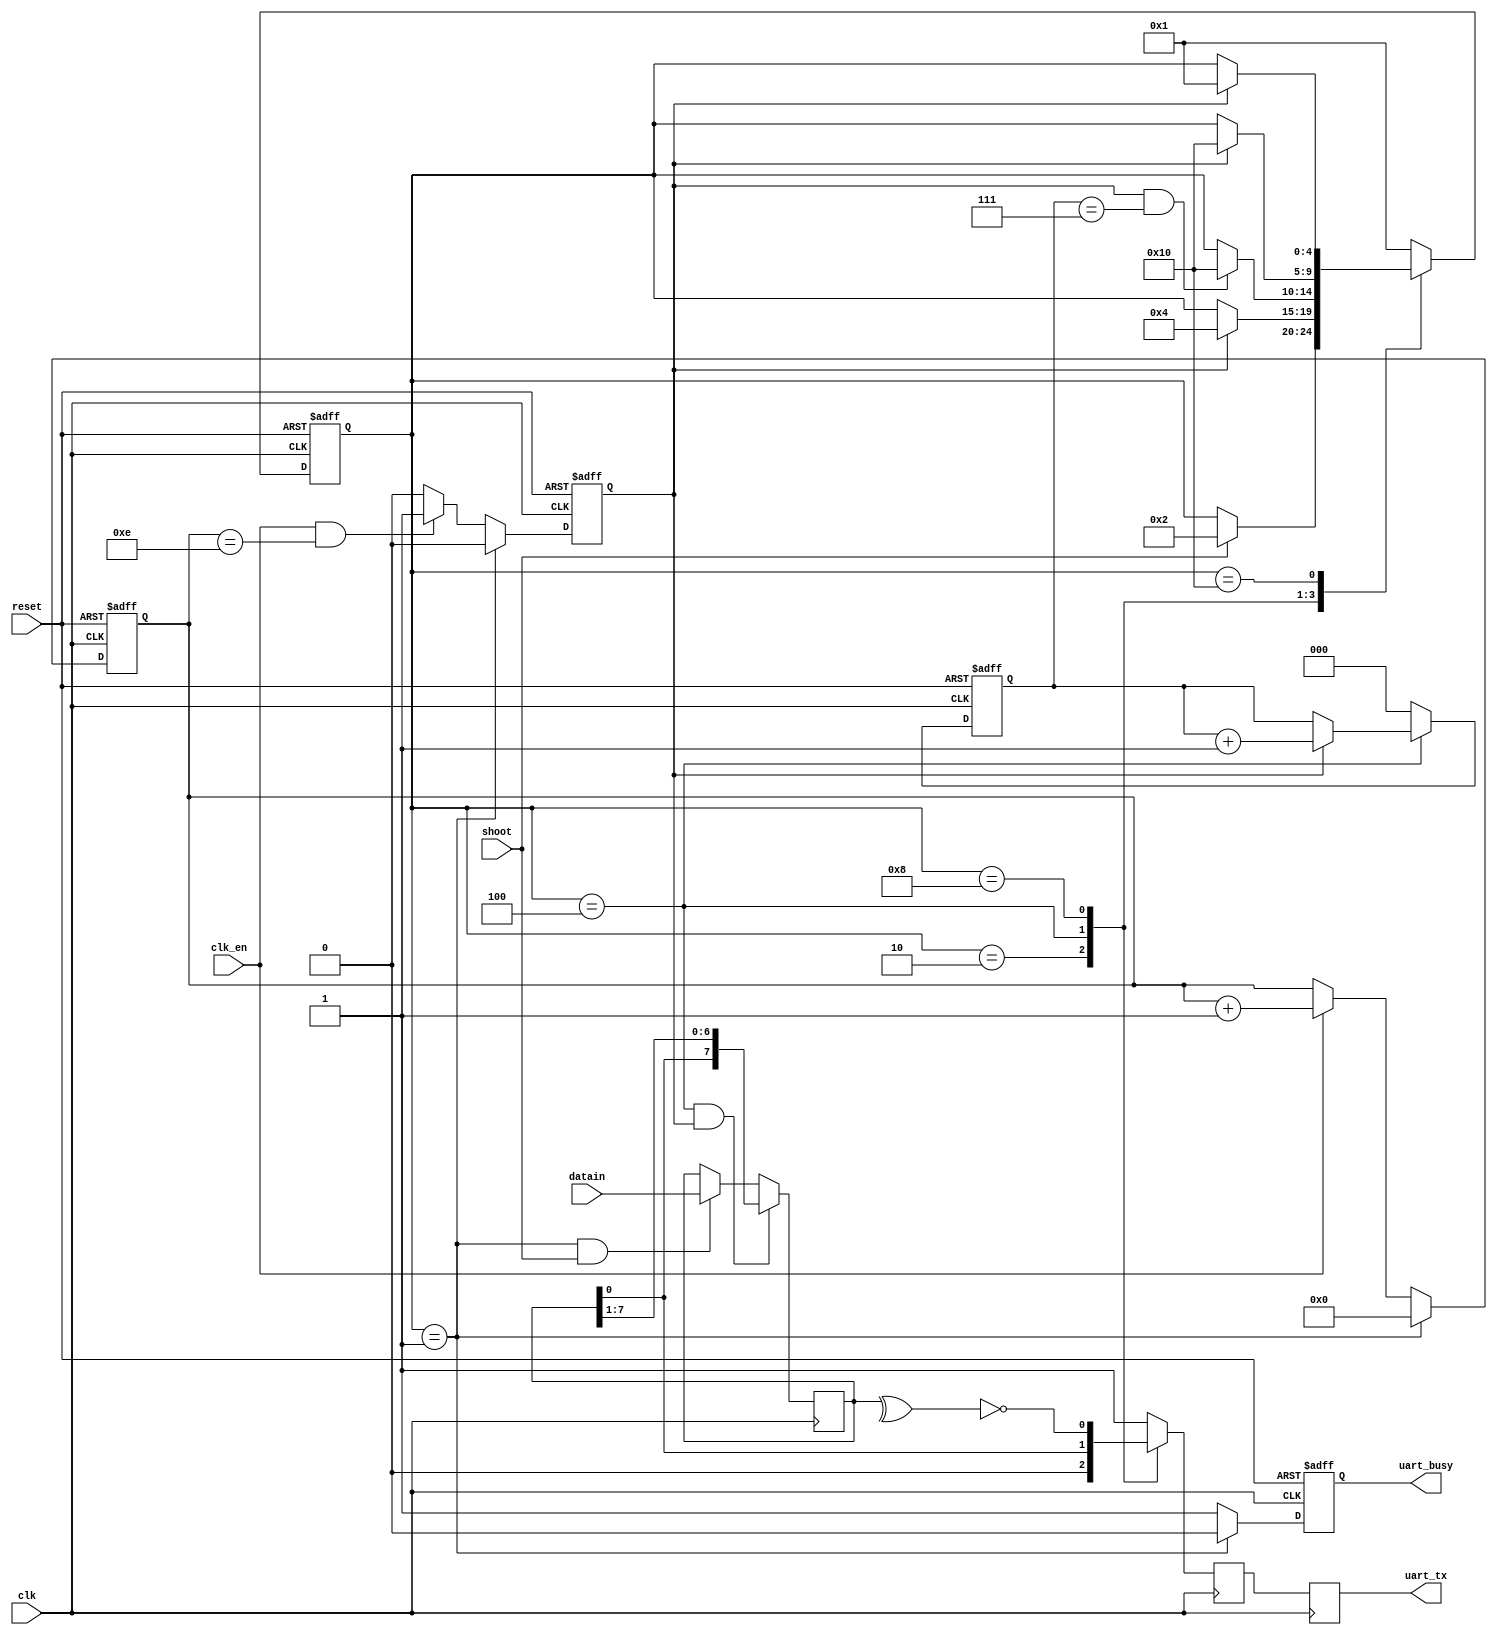
//                              -*- Mode: Verilog -*-
// Description     : uart_tx module
// Last Modified By: silenuszhi@gmail.com
// Update Count    : 0
// Status          : Unknown, Use with caution!

module uart_tx_op
  #(
    parameter VERIFY_ON = 1'b0,
    parameter VERIFY_EVEN = 1'b0
    )
   (
    input       clk,
    input       reset,
    input       clk_en, 
    input [7:0] datain,
    input       shoot,
    output reg  uart_tx = 1'b1,
    output reg  uart_busy
    );

   reg [3:0]    clk_cnt = 4'h0;
   reg          clk_tx_en = 1'b0;
   reg [7:0]    datain_shoot_latch = 8'h0;
   reg [2:0]    bitcnt = 3'h0;
   reg          uart_tx_i = 1'b1;
   reg          uart_tx_i2 = 1'b1;
   
   
   localparam [4:0]// synopsys enum state_info
     SM_IDLE = 5'b00001,
     SM_START_BIT  = 5'b00010,
     SM_DATA_BIT = 5'b00100,
     SM_VERIFY_BIT = 5'b01000,
     SM_STOP_BIT = 5'b10000;   

   reg [4:0]    /* synopsys enum state_info */
		state = SM_IDLE;
   reg [4:0]    /* synopsys enum state_info */
		next_state = SM_IDLE;

   
   /*AUTOASCIIENUM("state","state_asc","SM_")*/   
   // Beginning of automatic ASCII enum decoding
   reg [79:0]           state_asc;              // Decode of state
   always @(state) begin
      case ({state})
        SM_IDLE:       state_asc = "idle      ";
        SM_START_BIT:  state_asc = "start_bit ";
        SM_DATA_BIT:   state_asc = "data_bit  ";
        SM_VERIFY_BIT: state_asc = "verify_bit";
        SM_STOP_BIT:   state_asc = "stop_bit  ";
        default:       state_asc = "%Error    ";
      endcase
   end
   // End of automatics
   /*AUTOASCIIENUM("next_state","nstate_asc","SM_")*/
   // Beginning of automatic ASCII enum decoding
   reg [79:0]           nstate_asc;             // Decode of next_state
   always @(next_state) begin
      case ({next_state})
        SM_IDLE:       nstate_asc = "idle      ";
        SM_START_BIT:  nstate_asc = "start_bit ";
        SM_DATA_BIT:   nstate_asc = "data_bit  ";
        SM_VERIFY_BIT: nstate_asc = "verify_bit";
        SM_STOP_BIT:   nstate_asc = "stop_bit  ";
        default:       nstate_asc = "%Error    ";
      endcase
   end
   // End of automatics

   always @ ( posedge clk or posedge reset ) begin
      if(reset)begin
         state <= SM_IDLE;
      end else begin
         state <= next_state;
      end         
   end

   always @ ( /*AUTOSENSE*/bitcnt or clk_tx_en or shoot or state) begin
      next_state = state;
      case(state)
        SM_IDLE:
          if(shoot)
            next_state = SM_START_BIT;
        SM_START_BIT:
          if(clk_tx_en)
            next_state = SM_DATA_BIT;
        SM_DATA_BIT:
          if(clk_tx_en && bitcnt == 3'h7)
            if(VERIFY_ON)
              next_state = SM_VERIFY_BIT;
            else
              next_state = SM_STOP_BIT;
        SM_VERIFY_BIT:
          if(clk_tx_en)
            next_state = SM_STOP_BIT;
        SM_STOP_BIT:
          if(clk_tx_en)
            next_state = SM_IDLE;
        default:
          next_state = SM_IDLE;
      endcase // case (state)      
   end

   always @ ( posedge clk or posedge reset ) begin
      if (reset) begin
         /*AUTORESET*/
         // Beginning of autoreset for uninitialized flops
         clk_cnt <= 4'h0;
         clk_tx_en <= 1'h0;
         // End of automatics
      end else begin
         if (state == SM_IDLE) begin
            clk_cnt <= 4'h0;
            clk_tx_en <= 1'b0;            
         end else begin
            if (clk_en) begin
               clk_cnt <= clk_cnt + 1'b1;
            end
            if (clk_en && clk_cnt == 4'hE)
              clk_tx_en <= 1'b1;
            else
              clk_tx_en <= 1'b0;
         end         
      end      
   end

   always @ ( posedge clk or posedge reset ) begin
      if(reset)
        bitcnt <= 3'b0;
      else
        if (state == SM_DATA_BIT) begin
           if(clk_tx_en)
             bitcnt <= bitcnt + 1'b1;
           else
             bitcnt <= bitcnt;
        end else begin
           bitcnt <= 3'h0;
        end      
   end   

   always @ ( posedge clk ) begin
      if(state == SM_IDLE && shoot)
        datain_shoot_latch <= datain;
      if(state == SM_DATA_BIT && clk_tx_en)
        datain_shoot_latch <= {datain_shoot_latch[0],datain_shoot_latch[7:1]}; 
   end
   
   always @ ( posedge clk ) begin
      uart_tx_i2 <= uart_tx_i;
      uart_tx <= uart_tx_i2;      
   end
   
   always @ ( /*AUTOSENSE*/datain_shoot_latch or state) begin
      uart_tx_i = 1'b1;
      case(state)
        SM_START_BIT:
          uart_tx_i = 1'b0;
        SM_DATA_BIT:
          uart_tx_i = datain_shoot_latch[0];
        SM_VERIFY_BIT:
          uart_tx_i = (^datain_shoot_latch) ^ (~VERIFY_EVEN);
        default:
          uart_tx_i = 1'b1;
      endcase // case (state)        
   end

   always @ ( posedge clk or posedge reset ) begin
      if(reset)begin
         /*AUTORESET*/
         // Beginning of autoreset for uninitialized flops
         uart_busy <= 1'h0;
         // End of automatics
      end else begin
         if(state == SM_IDLE)
           uart_busy <= 1'b0;
         else
           uart_busy <= 1'b1;
      end      
   end   
   
endmodule // uart_tx_op